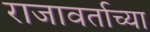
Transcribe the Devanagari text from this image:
राजावर्ताच्या